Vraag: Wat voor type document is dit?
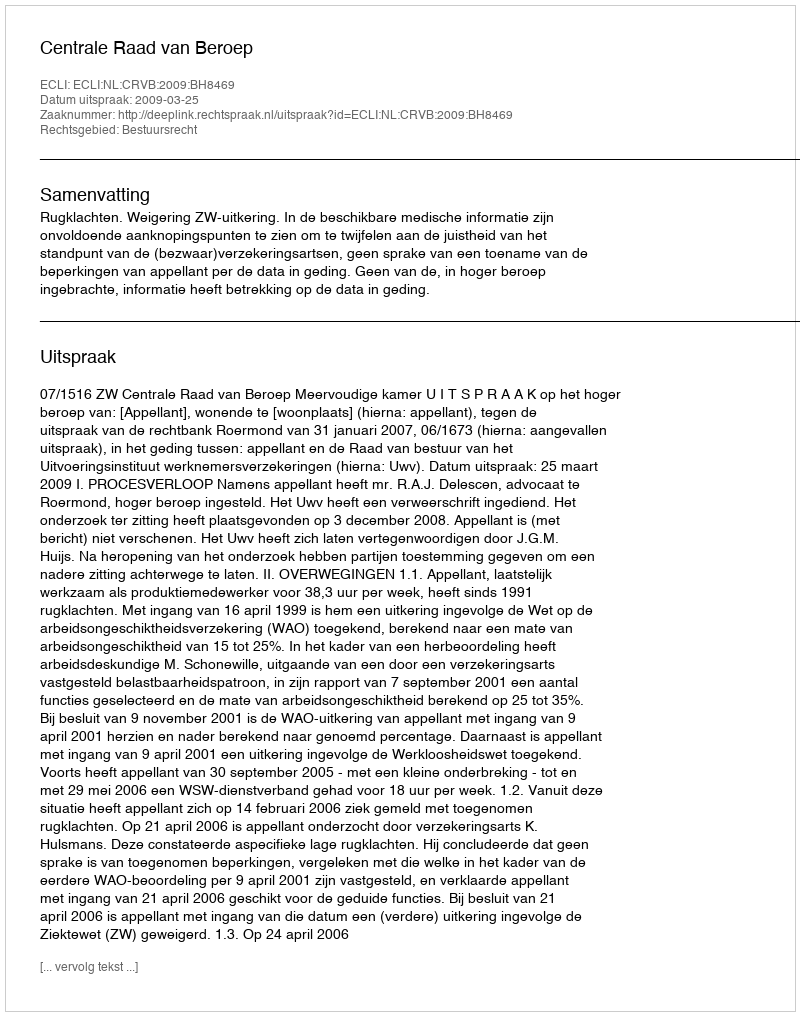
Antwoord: Uitspraak